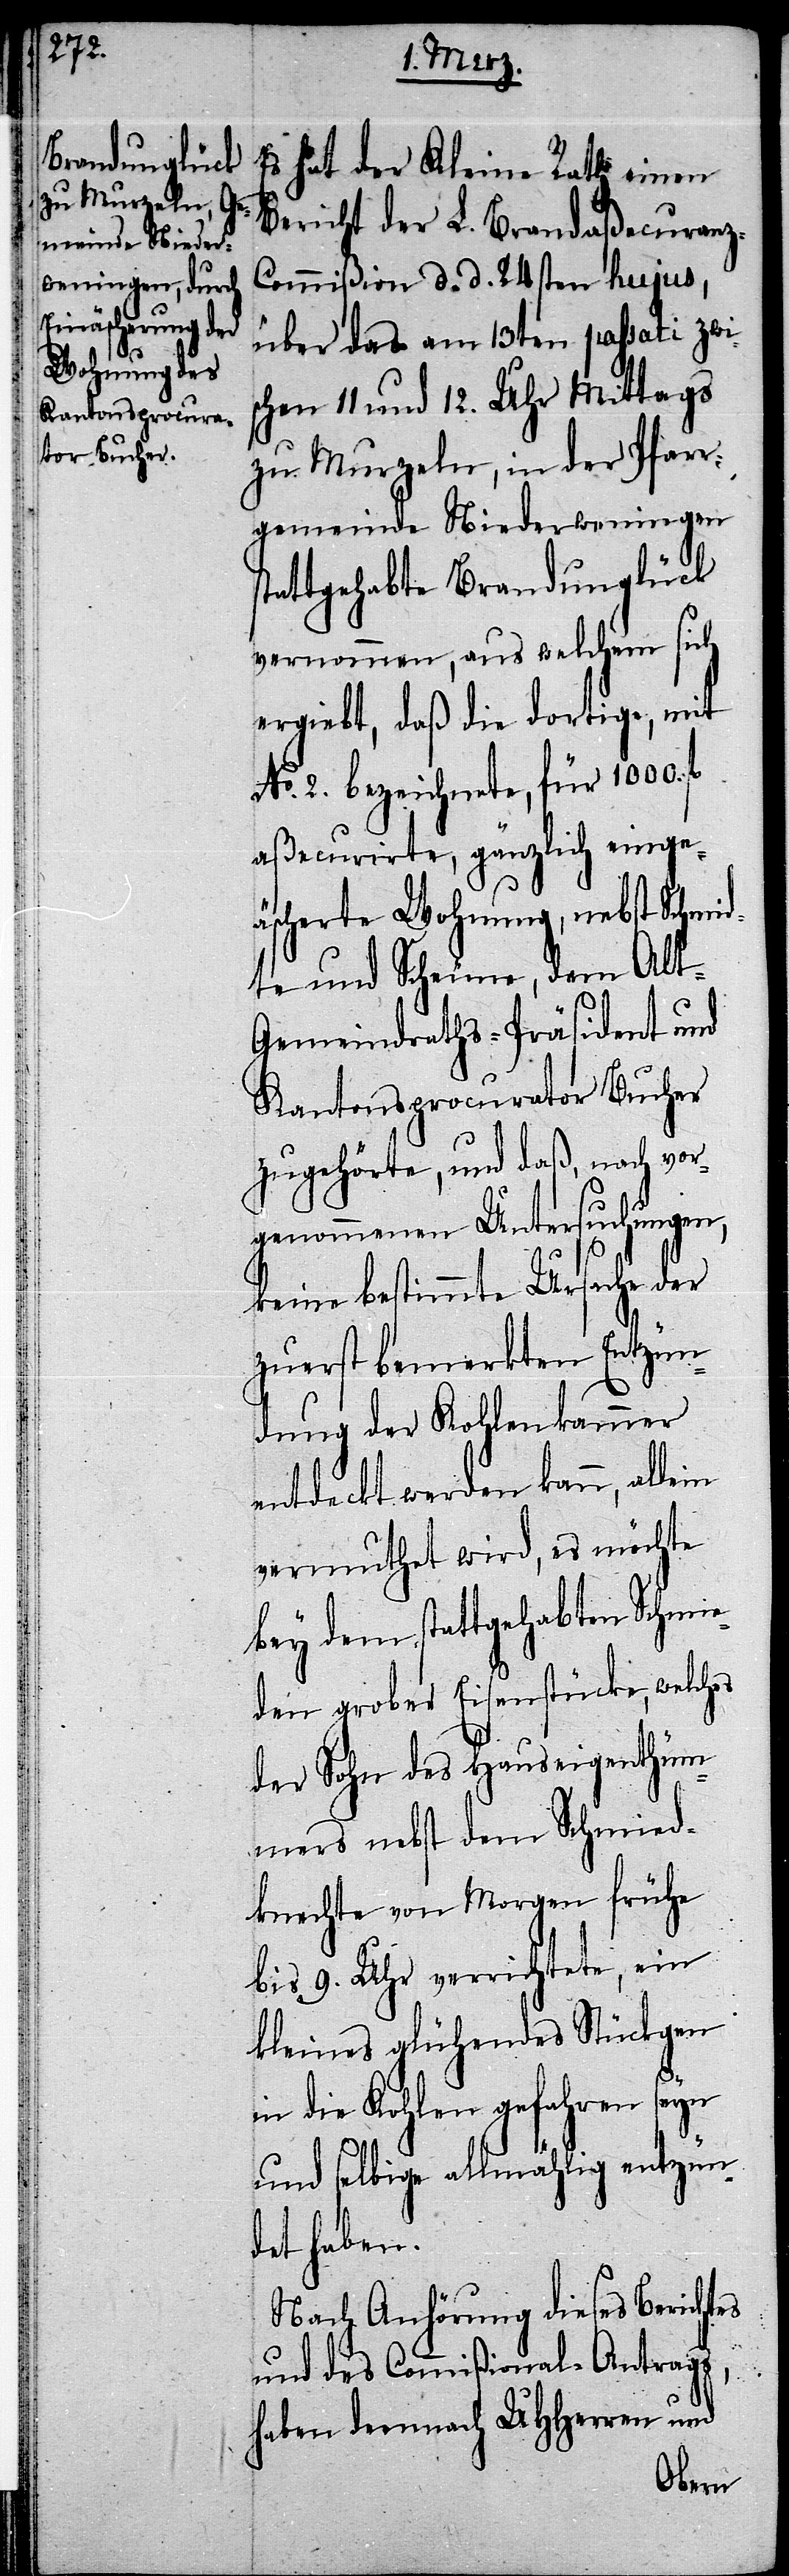
Es hat der Kleine Rath einen
Bericht der L. Brandaßecuranz-C¬
ommißion d. d. 24sten hujus,
über das am 13ten passati zwis¬
chen 11 und 12. Uhr Mittags
zu Murzeln, in der Pfarr¬
gemeinde Niederweningen
stattgehabte Brandunglück
vernommen, aus welchem sich
ergiebt, daß die dortige, mit
No. 2. bezeichnete, für 1000.
aßecurirte, gänzlich einge¬
äscherte Wohnung, nebst Schmi¬
dte und Scheune, dem Alt-G¬
emeindraths-Präsident und
Kantonsprocurator Bucher
zugehörte, und daß, nach vor¬
genommenen Untersuchungen,
keine bestimmte Ursache der
zuerst bemerkten Entzün¬
dung der Kohlenkammer
entdeckt werden kann, allein
vermuthet wird, es möchte
bey dem stattgehabten Schmie¬
den grober Eisenstücke, welches
der Sohn des Hauseigenthüm¬
mers nebst dem Schmied¬
knechte von Morgen frühe
bis 9. Uhr verrichtete, ein
kleines glühendes Stückgen
in die Kohlen gefahren seyn
und selbige allmählig entzün¬
det haben.
Nach Anhörung dieses Berichtes
und des Commißional-Antrags,
haben demnach UHHerren und